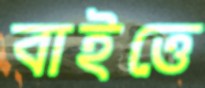
বাইত্তে